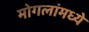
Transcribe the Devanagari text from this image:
मोगलांमध्ये